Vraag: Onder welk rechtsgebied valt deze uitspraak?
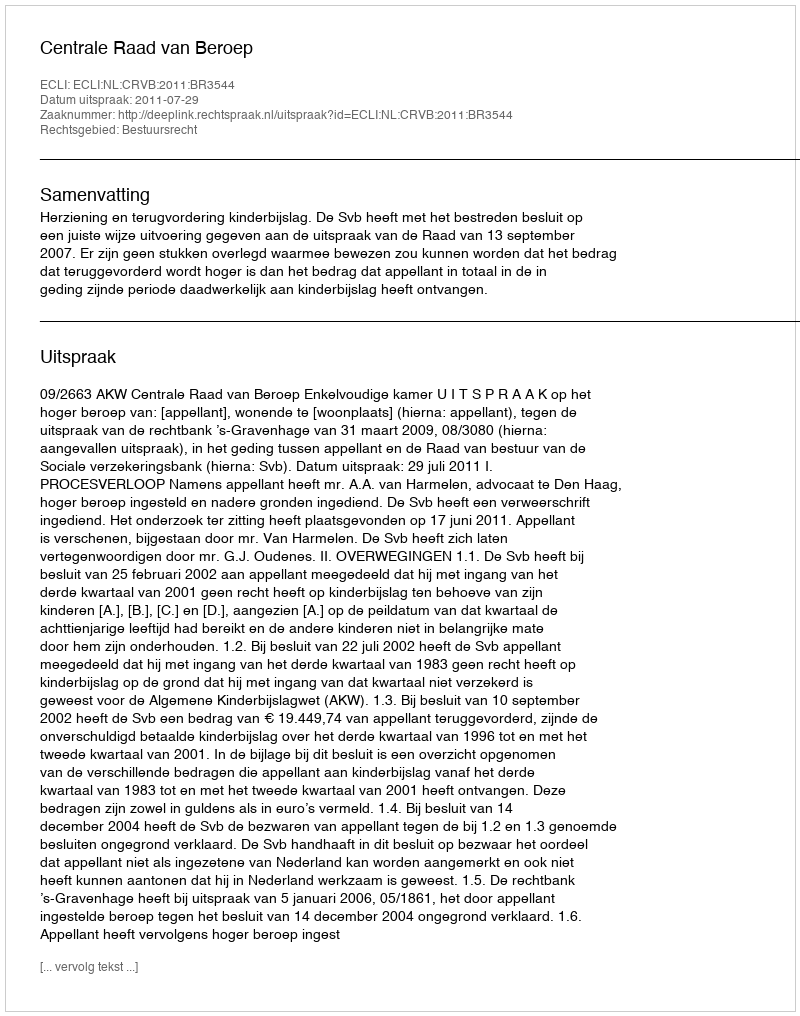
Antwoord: Bestuursrecht